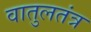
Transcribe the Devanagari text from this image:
वातुलतंत्र